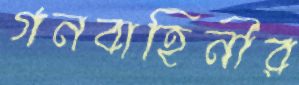
গনবাহিনীর